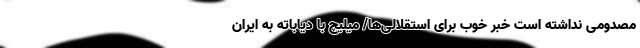
مصدومی نداشته است خبر خوب برای استقلالی‌ها/ میلیچ با دیاباته به ایران